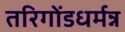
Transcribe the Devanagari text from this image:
तरिगोंडधर्मन्न